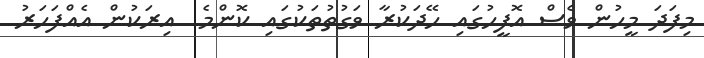
މިފަދަ މީހުން ވެސް އޮފީހުގައި ހޭދަކުރާ ވަގުތުތަކުގައި ކޮންމެ  އިރަކުން އެއްފަހަރު